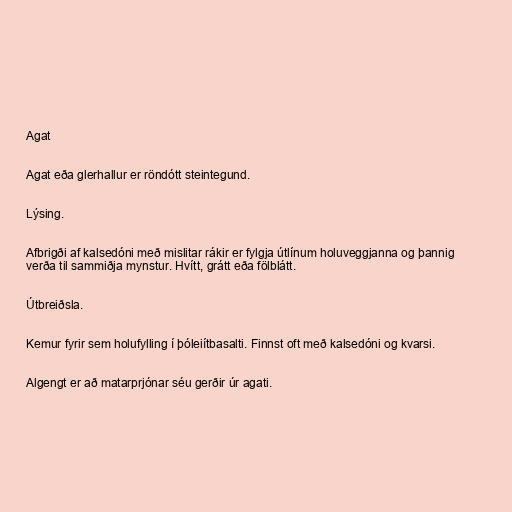
Agat

Agat eða glerhallur er röndótt steintegund.

Lýsing.

Afbrigði af kalsedóni með mislitar rákir er fylgja útlínum holuveggjanna og þannig
verða til sammiðja mynstur. Hvítt, grátt eða fölblátt.

Útbreiðsla.

Kemur fyrir sem holufylling í þóleiítbasalti. Finnst oft með kalsedóni og kvarsi.

Algengt er að matarprjónar séu gerðir úr agati.